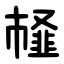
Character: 䪟